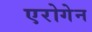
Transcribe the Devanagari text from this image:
एरोगेन